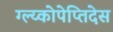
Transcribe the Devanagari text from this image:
ग्ल्य्कोपेप्तिदेस